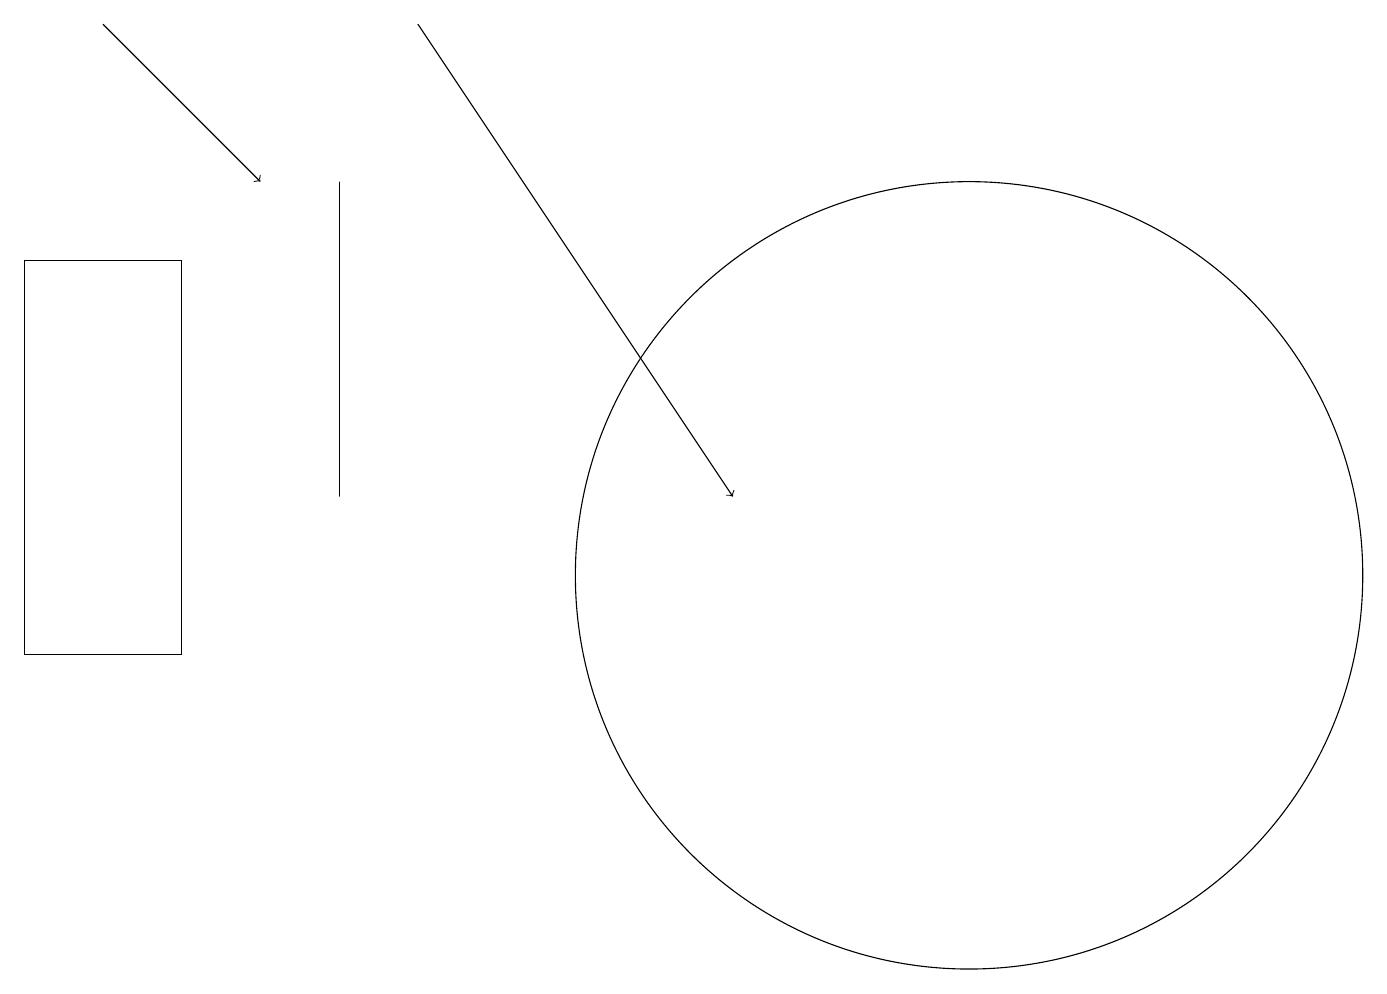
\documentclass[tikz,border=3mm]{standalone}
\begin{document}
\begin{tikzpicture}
\draw (4,13) rectangle (4,17);
\draw (2,11) rectangle (0,16);
\draw[->] (1,19) -- (3,17);
\draw (12,12) circle (5);
\draw (11,11) circle (0);
\draw[->] (5,19) -- (9,13);
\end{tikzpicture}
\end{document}